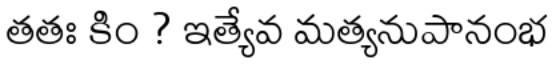
తతః కిం ? ఇత్యేవ మత్యనుపానంభ